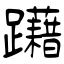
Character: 躤